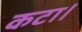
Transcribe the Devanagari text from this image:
कटा।